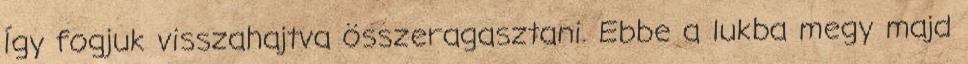
Így fogjuk visszahajtva összeragasztani. Ebbe a lukba megy majd